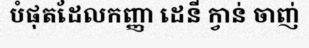
បំផុតដែលកញ្ញា ដេនី ក្វាន់ ចាញ់